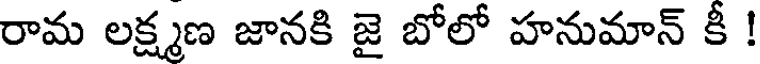
రామ లక్ష్మణ జానకి జై బోలో హనుమాన్ కీ !